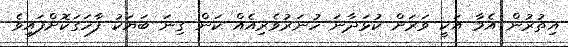
އިތުރުން އެމާ އަކީ ވަރަށް ކުޅަދާނަ ހުނަރުވެރިއެއް ކަން ގިނަ ބަޔަކު ފާހަގަކޮށްފައިވެ